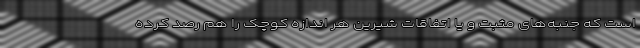
است که جنبه‌های مثبت و یا اتفاقات شیرین هر اندازه کوچک را هم رصد کرده